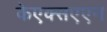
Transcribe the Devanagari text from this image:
केएक्सएएन